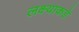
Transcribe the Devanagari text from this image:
लक्ष्याकडे